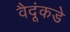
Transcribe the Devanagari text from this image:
वैदूंकडे